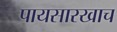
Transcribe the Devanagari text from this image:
पायसारखाच